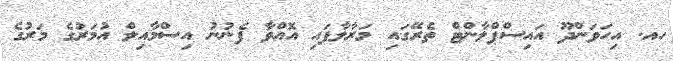
ހއ. އިހަވަންދޫ އައިސްޕްލާންޓް ތެރޭގައި މަރާލާފައި އޮއްވާ ފެނުނު އިސްމާއިލް އުމަރުގެ މަރުގެ